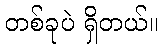
တစ်ခုပဲ ရှိတယ်။